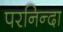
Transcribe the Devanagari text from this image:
परनिन्दा